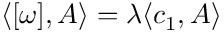
\langle [ \omega ] , A \rangle = \lambda \langle c _ { 1 } , A \rangle